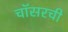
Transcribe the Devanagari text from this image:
चॉसरची